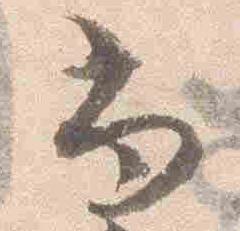
尚